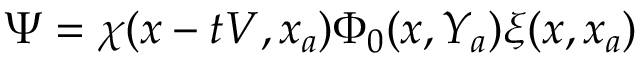
\Psi = \chi ( x - t V , x _ { a } ) \Phi _ { 0 } ( x , Y _ { a } ) \xi ( x , x _ { a } )